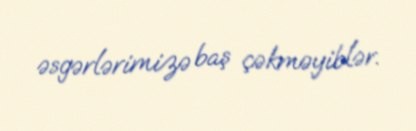
əsgərlərimizə baş çəkməyiblər.